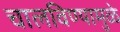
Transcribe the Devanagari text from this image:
चालविण्यामुळे